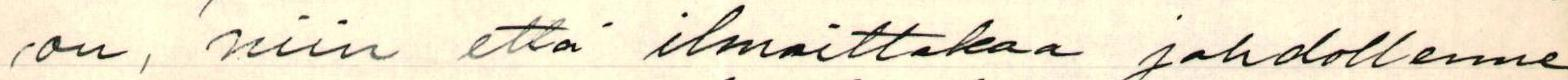
/on, niin että ilmoittakaa johdollenne